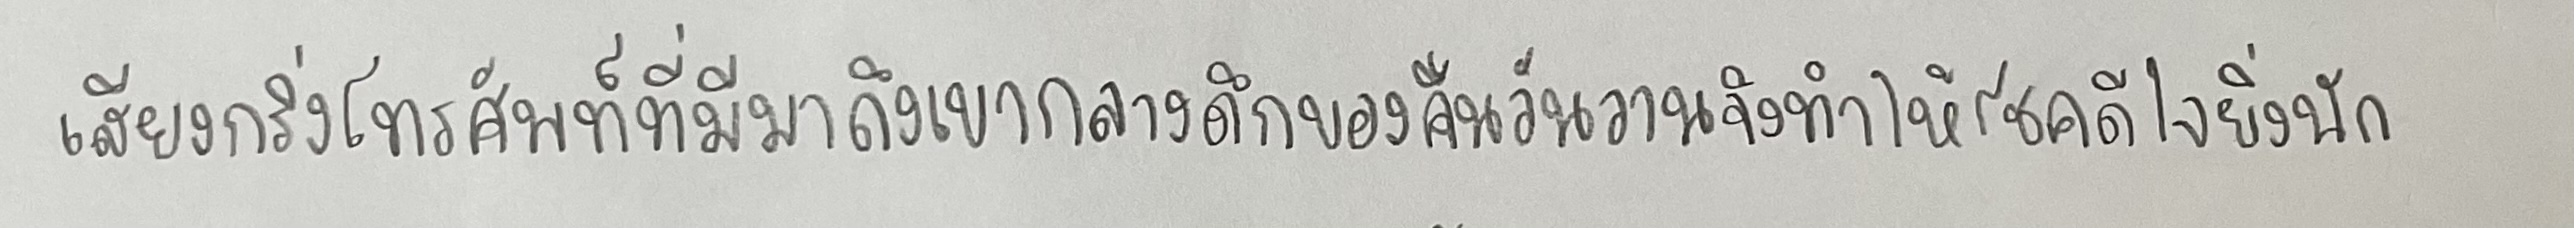
เสียงกริ่งโทรศัพท์ที่มีมาถึงเขากลางดึกของคืนวันวานจึงทำให้โชคดีใจยิ่งนัก